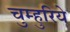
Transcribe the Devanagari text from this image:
चुम्हुरिये